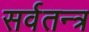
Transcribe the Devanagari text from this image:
सर्वतन्त्र